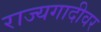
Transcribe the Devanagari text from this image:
राज्यगादीवर